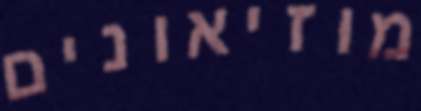
מוזיאונים